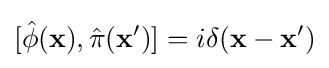
[{\hat {\phi }}(\mathbf {x} ),{\hat {\pi }}(\mathbf {x} ')]=i\delta (\mathbf {x} -\mathbf {x} ')